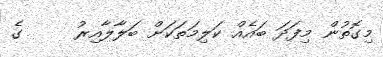
މިގޮތުން މިފަދަ ބައެއް ކަލިމަތަކަށް ބަލާލާއިރު     ގެ